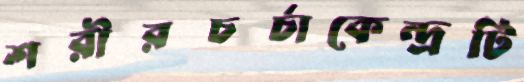
শরীরচর্চাকেন্দ্রটি